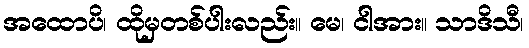
အထောပိ၊ ထိုမှတစ်ပါးလည်း။ မေ၊ ငါအား။ သာဒိသီ၊